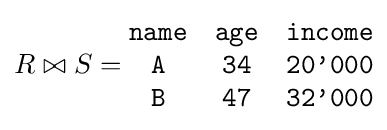
R\bowtie S={\begin{matrix}{\texttt {name}}&{\texttt {age}}&{\texttt {income}}\\{\texttt {A}}&{\texttt {34}}&{\texttt {20'000}}\\{\texttt {B}}&{\texttt {47}}&{\texttt {32'000}}\\\end{matrix}}